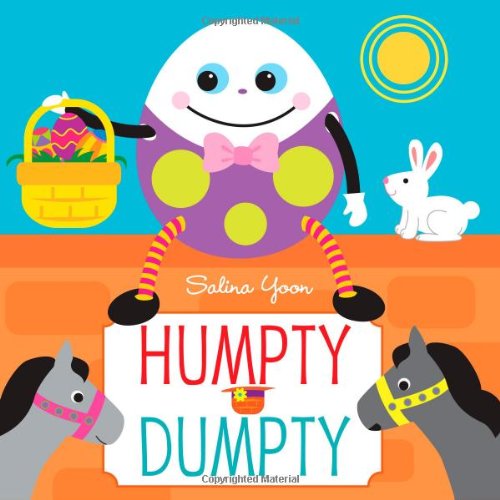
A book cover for Humpty Dumpty; Salina Yoon; Children's Books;